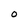
Character: O